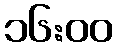
၁၆:၀၀